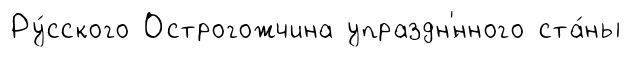
Ру́сского Острогожчина упраздн'́нного ста́ны